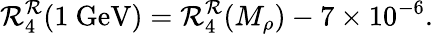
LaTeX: \mathcal{R}_{4}^{\mathcal{R}}(1\mathrm{{~GeV}})=\mathcal{R}_{4}^{\mathcal{R}}(M_{\rho})-7\times10^{-6}.